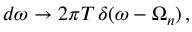
d \omega \to 2 \pi T \, \delta ( \omega - \Omega _ { n } ) \, { , }